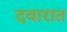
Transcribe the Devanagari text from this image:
दवारात